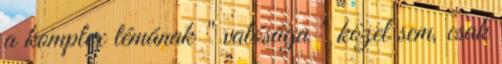
a komplex témának " valósága " közel sem, csak